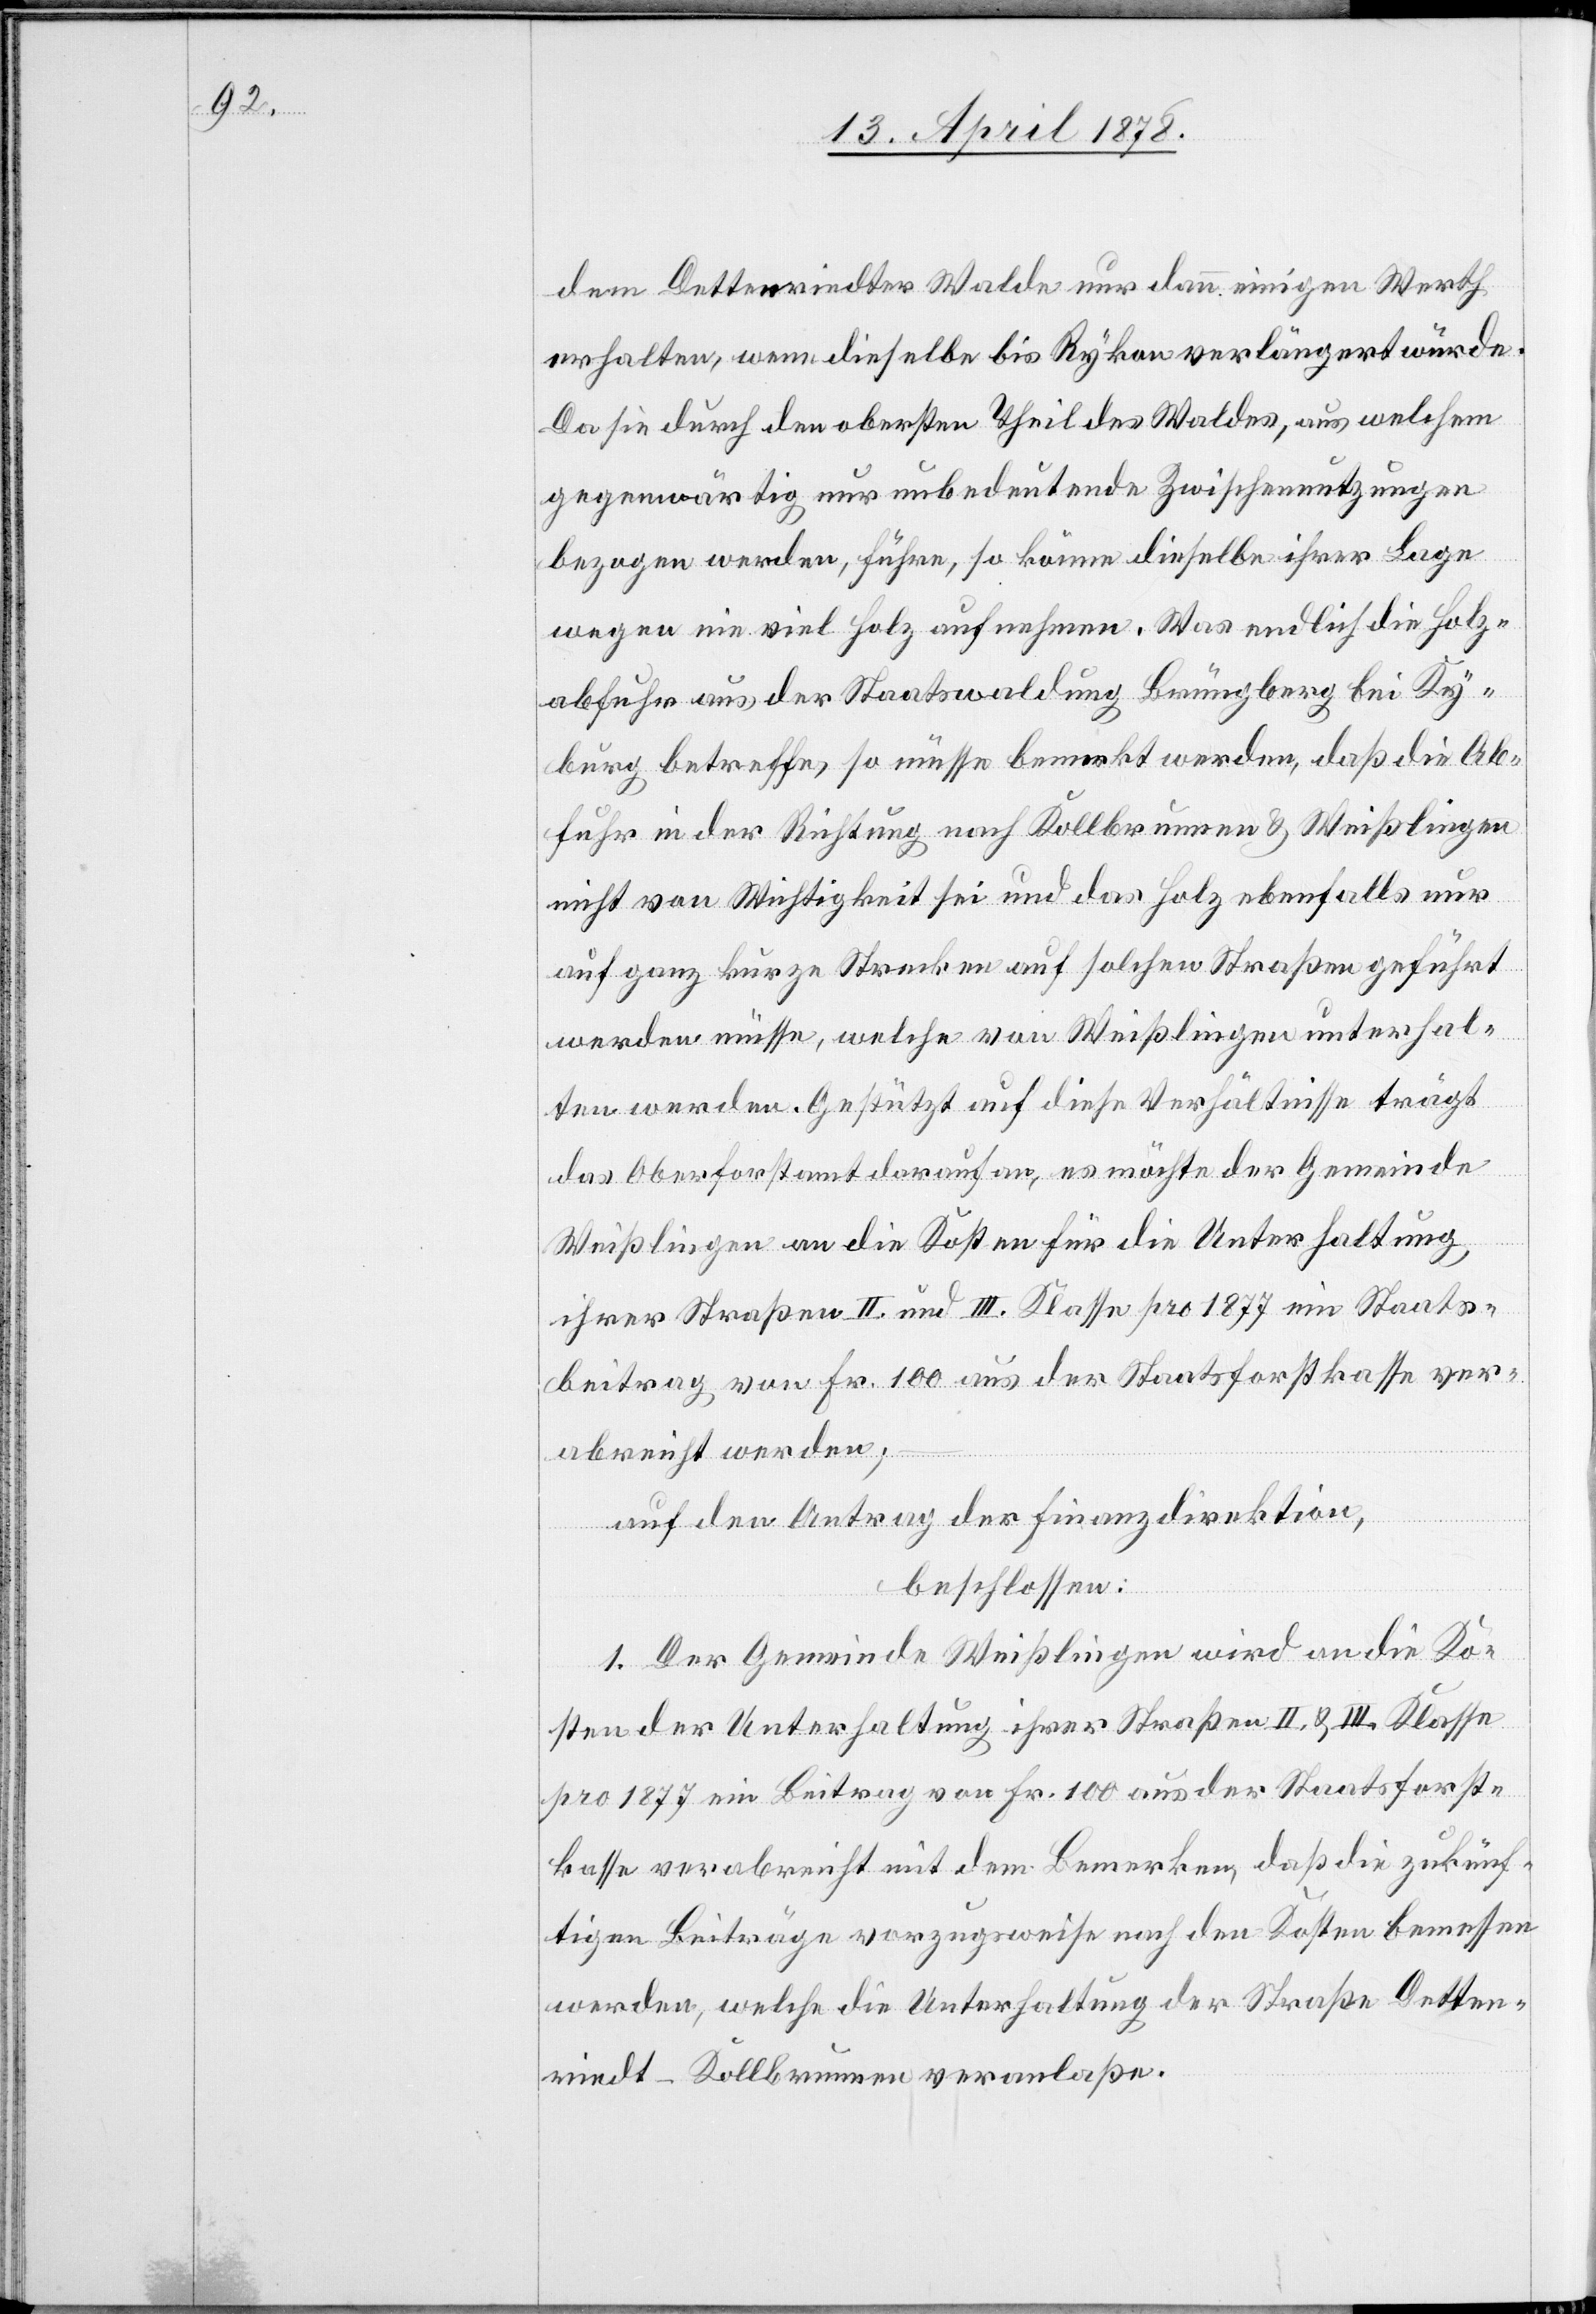
dem Dettenriedter Walde nur dann einigen Werth
erhalten, wenn dieselbe bis Rykon verlängert würde.
Da sie durch den obersten Theil des Waldes, aus welchem
gegenwärtig nur unbedeutende Zwischennutzungen
bezogen werden, führe, so könne dieselbe ihrer Lage
wegen nie viel Holz aufnehmen. Was endlich die Holz¬
abfuhr aus der Staatswaldung Brüngberg bei Ky¬
burg betreffe, so müsse bemerkt werden, daß die Ab¬
fuhr in der Richtung nach Kollbrunnen & Weißlingen
nicht von Wichtigkeit sei und das Holz ebenfalls nur
auf ganz kurze Strecken auf solchen Straßen geführt
werden müsse, welche von Weißlingen unterhal¬
ten werden. Gestützt auf diese Verhältnisse trägt
das Oberforstamt darauf an, es möchte der Gemeinde
Weißlingen an die Kosten für die Unterhaltung
ihrer Straßen II. und III. Klasse pro 1877 ein Staats¬
beitrag von Fr. 100 aus der Staatsforstkasse ver¬
abreicht werden;
auf den Antrag der Finanzdirektion,
beschlossen:
1. Der Gemeinde Weißlingen wird an die Ko¬
sten der Unterhaltung ihrer Straßen II. & III. Klasse
pro 1877 ein Beitrag von Fr. 100 aus der Staatsforst¬
kasse verabreicht mit dem Bemerken, daß die zukünf¬
tigen Beiträge vorzugsweise nach den Kosten bemessen
werden, welche die Unterhaltung der Straße Detten¬
riedt–Kollbrunnen veranlasse.